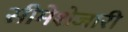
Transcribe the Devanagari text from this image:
सीमेशेजारी